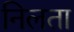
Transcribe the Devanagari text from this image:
निलता